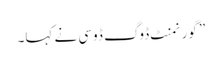
” گورنمنٹ ڈوگ ڈوسی نے کہا۔